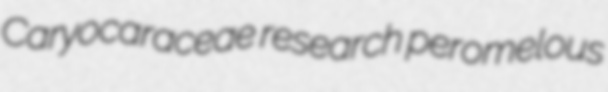
Caryocaraceae research peromelous